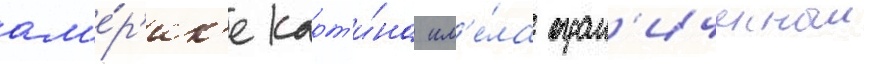
ам'е́р'ик'е карт'и́на им'е́ла огран'иченныи